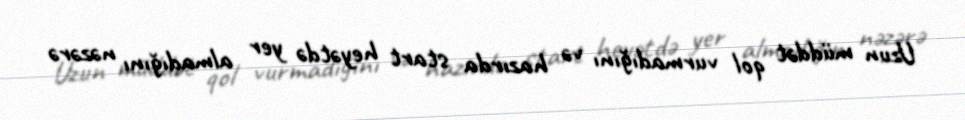
Uzun müddət qol vurmadığını və hazırda start heyətdə yer almadığını nəzərə